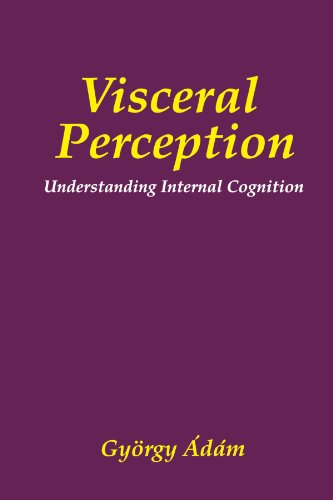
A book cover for Visceral Perception: Understanding Internal Cognition (The Springer Series in Behavioral Psychophysiology and Medicine); Gyorgy ÃEdÃ¡m; Medical Books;